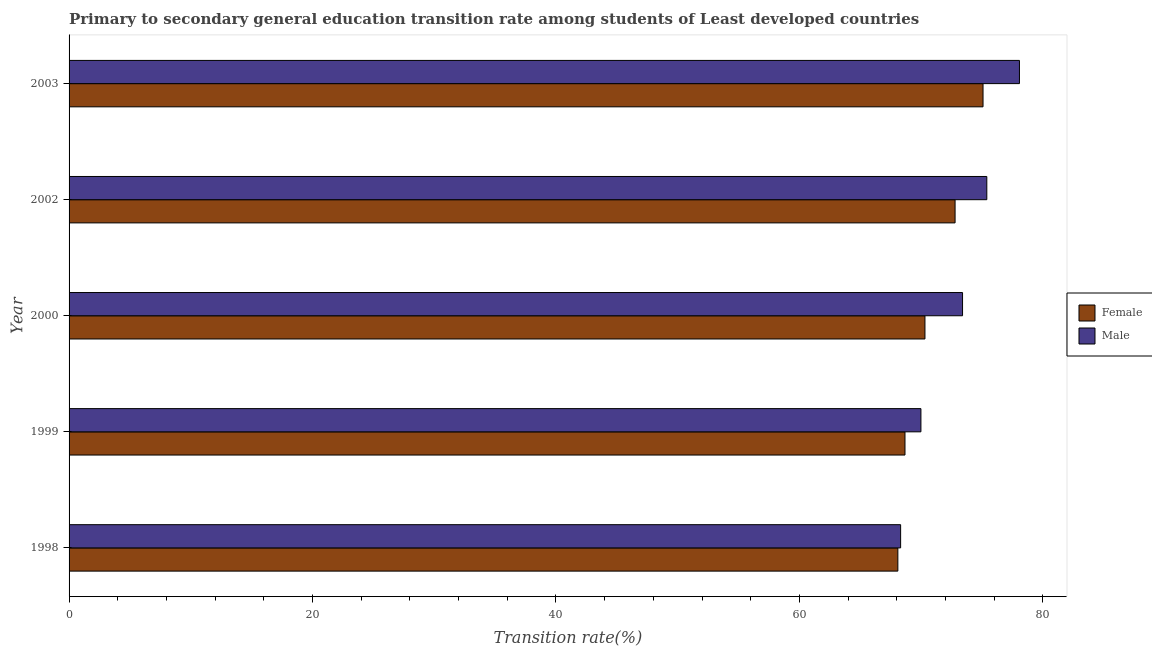
| Year | Female | Male |
 | --- | --- | --- |
 | 1998 | 68.1 | 68.3 |
 | 1999 | 68.7 | 70 |
 | 2000 | 70.3 | 73.4 |
 | 2002 | 72.8 | 75.4 |
 | 2003 | 75.1 | 78.1 |